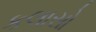
કલાસો